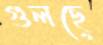
গুলছে